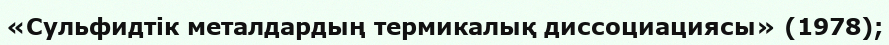
«Сульфидтік металдардың термикалық диссоциациясы» (1978);